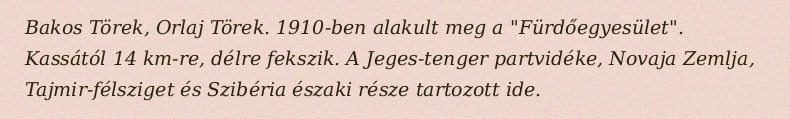
Bakos Törek, Orlaj Törek. 1910-ben alakult meg a "Fürdőegyesület". Kassától 14 km-re, délre fekszik. A Jeges-tenger partvidéke, Novaja Zemlja, Tajmir-félsziget és Szibéria északi része tartozott ide.